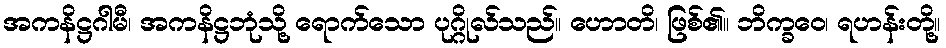
အကနိဋ္ဌဂါမီ၊ အကနိဋ္ဌဘုံသို့ ရောက်သော ပုဂ္ဂိုလ်သည်။ ဟောတိ၊ ဖြစ်၏။ ဘိက္ခဝေ၊ ရဟန်းတို့။